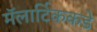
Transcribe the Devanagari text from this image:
मॅलार्टिककडे